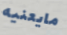
مايعنيه